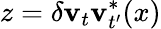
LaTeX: {z=\delta\textbf{v}_{t}\textbf{v}_{t^{\prime}}^{*}(x)}